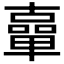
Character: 𠧈